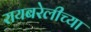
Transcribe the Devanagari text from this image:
रायबरेलीच्या